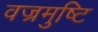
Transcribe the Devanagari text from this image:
वज्रमुष्टि